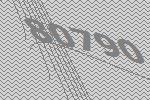
80790